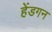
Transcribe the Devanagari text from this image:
हेंडगन